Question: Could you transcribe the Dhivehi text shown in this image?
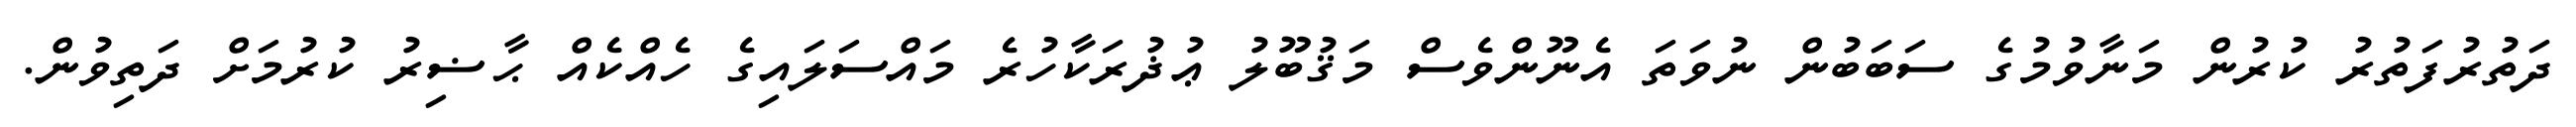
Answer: ދަތުރުފަތުރު ކުރުން މަނާވުމުގެ ސަބަބުން ނުވަތަ އެނޫންވެސް މަޤުބޫލު ޢުޛުރަކާހުރެ މައްސަލައިގެ ހެއްކެއް ޙާޟިރު ކުރުމަށް ދަތިވުން.